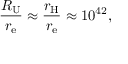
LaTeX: { \frac { R _ { \mathrm { U } } } { r _ { \mathrm { e } } } } \approx { \frac { r _ { \mathrm { H } } } { r _ { \mathrm { e } } } } \approx 1 0 ^ { 4 2 } ,